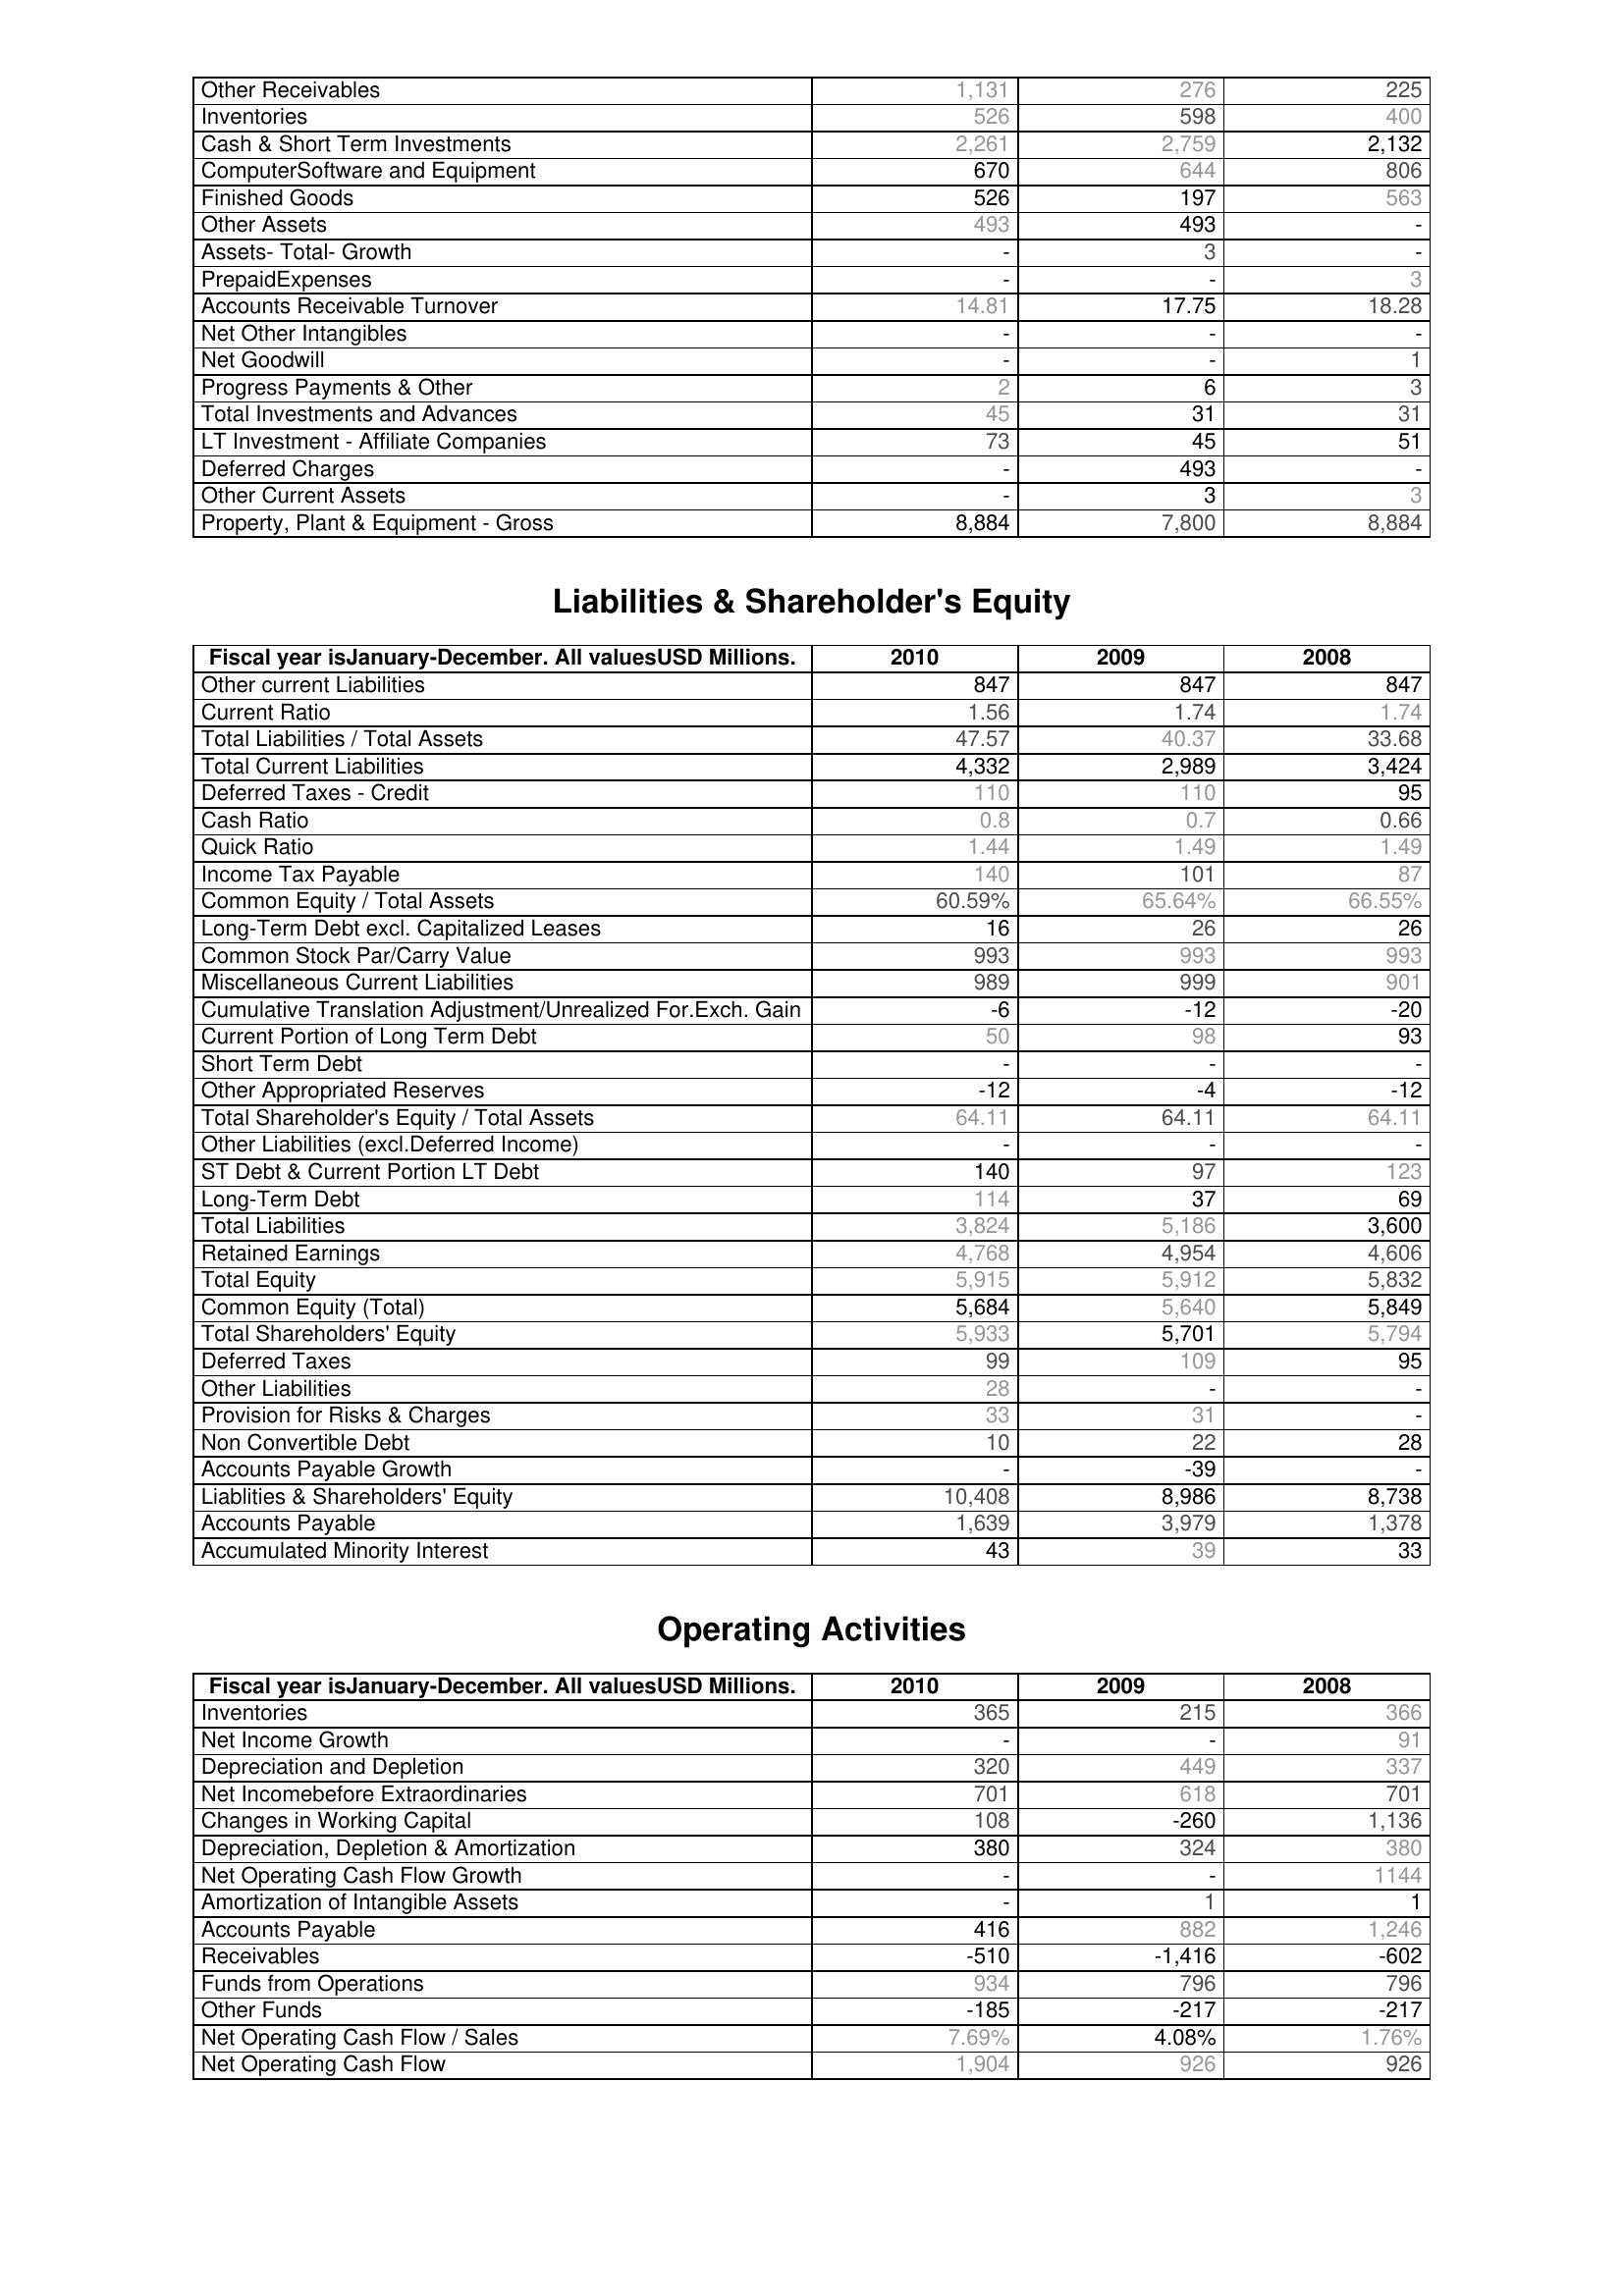
2010: Assets: Other Receivables: 1,131
Inventories: 526
Cash & Short Term Investments: 2,261
ComputerSoftware and Equipment: 670
Finished Goods: 526
Other Assets: 493
Assets- Total- Growth: -
PrepaidExpenses: -
Accounts Receivable Turnover: 14.81
Net Other Intangibles: -
Net Goodwill: -
Progress Payments & Other: 2
Total Investments and Advances: 45
LT Investment - Affiliate Companies: 73
Deferred Charges: -
Other Current Assets: -
Property, Plant & Equipment - Gross : 8,884
Liabilities & Shareholder's Equity: Other current Liabilities: 847
Current Ratio: 1.56
Total Liabilities / Total Assets: 47.57
Total Current Liabilities: 4,332
Deferred Taxes - Credit: 110
Cash Ratio: 0.8
Quick Ratio: 1.44
Income Tax Payable: 140
Common Equity / Total Assets: 60.59%
Long-Term Debt excl. Capitalized Leases: 16
Common Stock Par/Carry Value: 993
Miscellaneous Current Liabilities: 989
Cumulative Translation Adjustment/Unrealized For.Exch. Gain: -6
Current Portion of Long Term Debt: 50
Short Term Debt: -
Other Appropriated Reserves: -12
Total Shareholder's Equity / Total Assets: 64.11
Other Liabilities (excl.Deferred Income): -
ST Debt & Current Portion LT Debt: 140
Long-Term Debt: 114
Total Liabilities: 3,824
Retained Earnings: 4,768
Total Equity: 5,915
Common Equity (Total): 5,684
Total Shareholders' Equity: 5,933
Deferred Taxes: 99
Other Liabilities: 28
Provision for Risks & Charges: 33
Non Convertible Debt: 10
Accounts Payable Growth: -
Liablities & Shareholders' Equity: 10,408
Accounts Payable: 1,639
Accumulated Minority Interest: 43
Operating Activities: Inventories: 365
Net Income Growth: -
Depreciation and Depletion: 320
Net Incomebefore Extraordinaries: 701
Changes in Working Capital: 108
Depreciation, Depletion & Amortization: 380
Net Operating Cash Flow Growth: -
Amortization of Intangible Assets: -
Accounts Payable: 416
Receivables: -510
Funds from Operations: 934
Other Funds: -185
Net Operating Cash Flow / Sales: 7.69%
Net Operating Cash Flow: 1,904
2009: Assets: Other Receivables: 276
Inventories: 598
Cash & Short Term Investments: 2,759
ComputerSoftware and Equipment: 644
Finished Goods: 197
Other Assets: 493
Assets- Total- Growth: 3
PrepaidExpenses: -
Accounts Receivable Turnover: 17.75
Net Other Intangibles: -
Net Goodwill: -
Progress Payments & Other: 6
Total Investments and Advances: 31
LT Investment - Affiliate Companies: 45
Deferred Charges: 493
Other Current Assets: 3
Property, Plant & Equipment - Gross : 7,800
Liabilities & Shareholder's Equity: Other current Liabilities: 847
Current Ratio: 1.74
Total Liabilities / Total Assets: 40.37
Total Current Liabilities: 2,989
Deferred Taxes - Credit: 110
Cash Ratio: 0.7
Quick Ratio: 1.49
Income Tax Payable: 101
Common Equity / Total Assets: 65.64%
Long-Term Debt excl. Capitalized Leases: 26
Common Stock Par/Carry Value: 993
Miscellaneous Current Liabilities: 999
Cumulative Translation Adjustment/Unrealized For.Exch. Gain: -12
Current Portion of Long Term Debt: 98
Short Term Debt: -
Other Appropriated Reserves: -4
Total Shareholder's Equity / Total Assets: 64.11
Other Liabilities (excl.Deferred Income): -
ST Debt & Current Portion LT Debt: 97
Long-Term Debt: 37
Total Liabilities: 5,186
Retained Earnings: 4,954
Total Equity: 5,912
Common Equity (Total): 5,640
Total Shareholders' Equity: 5,701
Deferred Taxes: 109
Other Liabilities: -
Provision for Risks & Charges: 31
Non Convertible Debt: 22
Accounts Payable Growth: -39
Liablities & Shareholders' Equity: 8,986
Accounts Payable: 3,979
Accumulated Minority Interest: 39
Operating Activities: Inventories: 215
Net Income Growth: -
Depreciation and Depletion: 449
Net Incomebefore Extraordinaries: 618
Changes in Working Capital: -260
Depreciation, Depletion & Amortization: 324
Net Operating Cash Flow Growth: -
Amortization of Intangible Assets: 1
Accounts Payable: 882
Receivables: -1,416
Funds from Operations: 796
Other Funds: -217
Net Operating Cash Flow / Sales: 4.08%
Net Operating Cash Flow: 926
2008: Assets: Other Receivables: 225
Inventories: 400
Cash & Short Term Investments: 2,132
ComputerSoftware and Equipment: 806
Finished Goods: 563
Other Assets: -
Assets- Total- Growth: -
PrepaidExpenses: 3
Accounts Receivable Turnover: 18.28
Net Other Intangibles: -
Net Goodwill: 1
Progress Payments & Other: 3
Total Investments and Advances: 31
LT Investment - Affiliate Companies: 51
Deferred Charges: -
Other Current Assets: 3
Property, Plant & Equipment - Gross : 8,884
Liabilities & Shareholder's Equity: Other current Liabilities: 847
Current Ratio: 1.74
Total Liabilities / Total Assets: 33.68
Total Current Liabilities: 3,424
Deferred Taxes - Credit: 95
Cash Ratio: 0.66
Quick Ratio: 1.49
Income Tax Payable: 87
Common Equity / Total Assets: 66.55%
Long-Term Debt excl. Capitalized Leases: 26
Common Stock Par/Carry Value: 993
Miscellaneous Current Liabilities: 901
Cumulative Translation Adjustment/Unrealized For.Exch. Gain: -20
Current Portion of Long Term Debt: 93
Short Term Debt: -
Other Appropriated Reserves: -12
Total Shareholder's Equity / Total Assets: 64.11
Other Liabilities (excl.Deferred Income): -
ST Debt & Current Portion LT Debt: 123
Long-Term Debt: 69
Total Liabilities: 3,600
Retained Earnings: 4,606
Total Equity: 5,832
Common Equity (Total): 5,849
Total Shareholders' Equity: 5,794
Deferred Taxes: 95
Other Liabilities: -
Provision for Risks & Charges: -
Non Convertible Debt: 28
Accounts Payable Growth: -
Liablities & Shareholders' Equity: 8,738
Accounts Payable: 1,378
Accumulated Minority Interest: 33
Operating Activities: Inventories: 366
Net Income Growth: 91
Depreciation and Depletion: 337
Net Incomebefore Extraordinaries: 701
Changes in Working Capital: 1,136
Depreciation, Depletion & Amortization: 380
Net Operating Cash Flow Growth: 1144
Amortization of Intangible Assets: 1
Accounts Payable: 1,246
Receivables: -602
Funds from Operations: 796
Other Funds: -217
Net Operating Cash Flow / Sales: 1.76%
Net Operating Cash Flow: 926